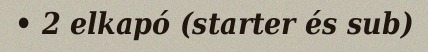
• 2 elkapó (starter és sub)